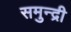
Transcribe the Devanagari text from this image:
समुन्द्री